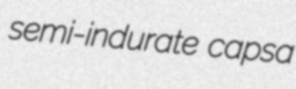
semi-indurate capsa